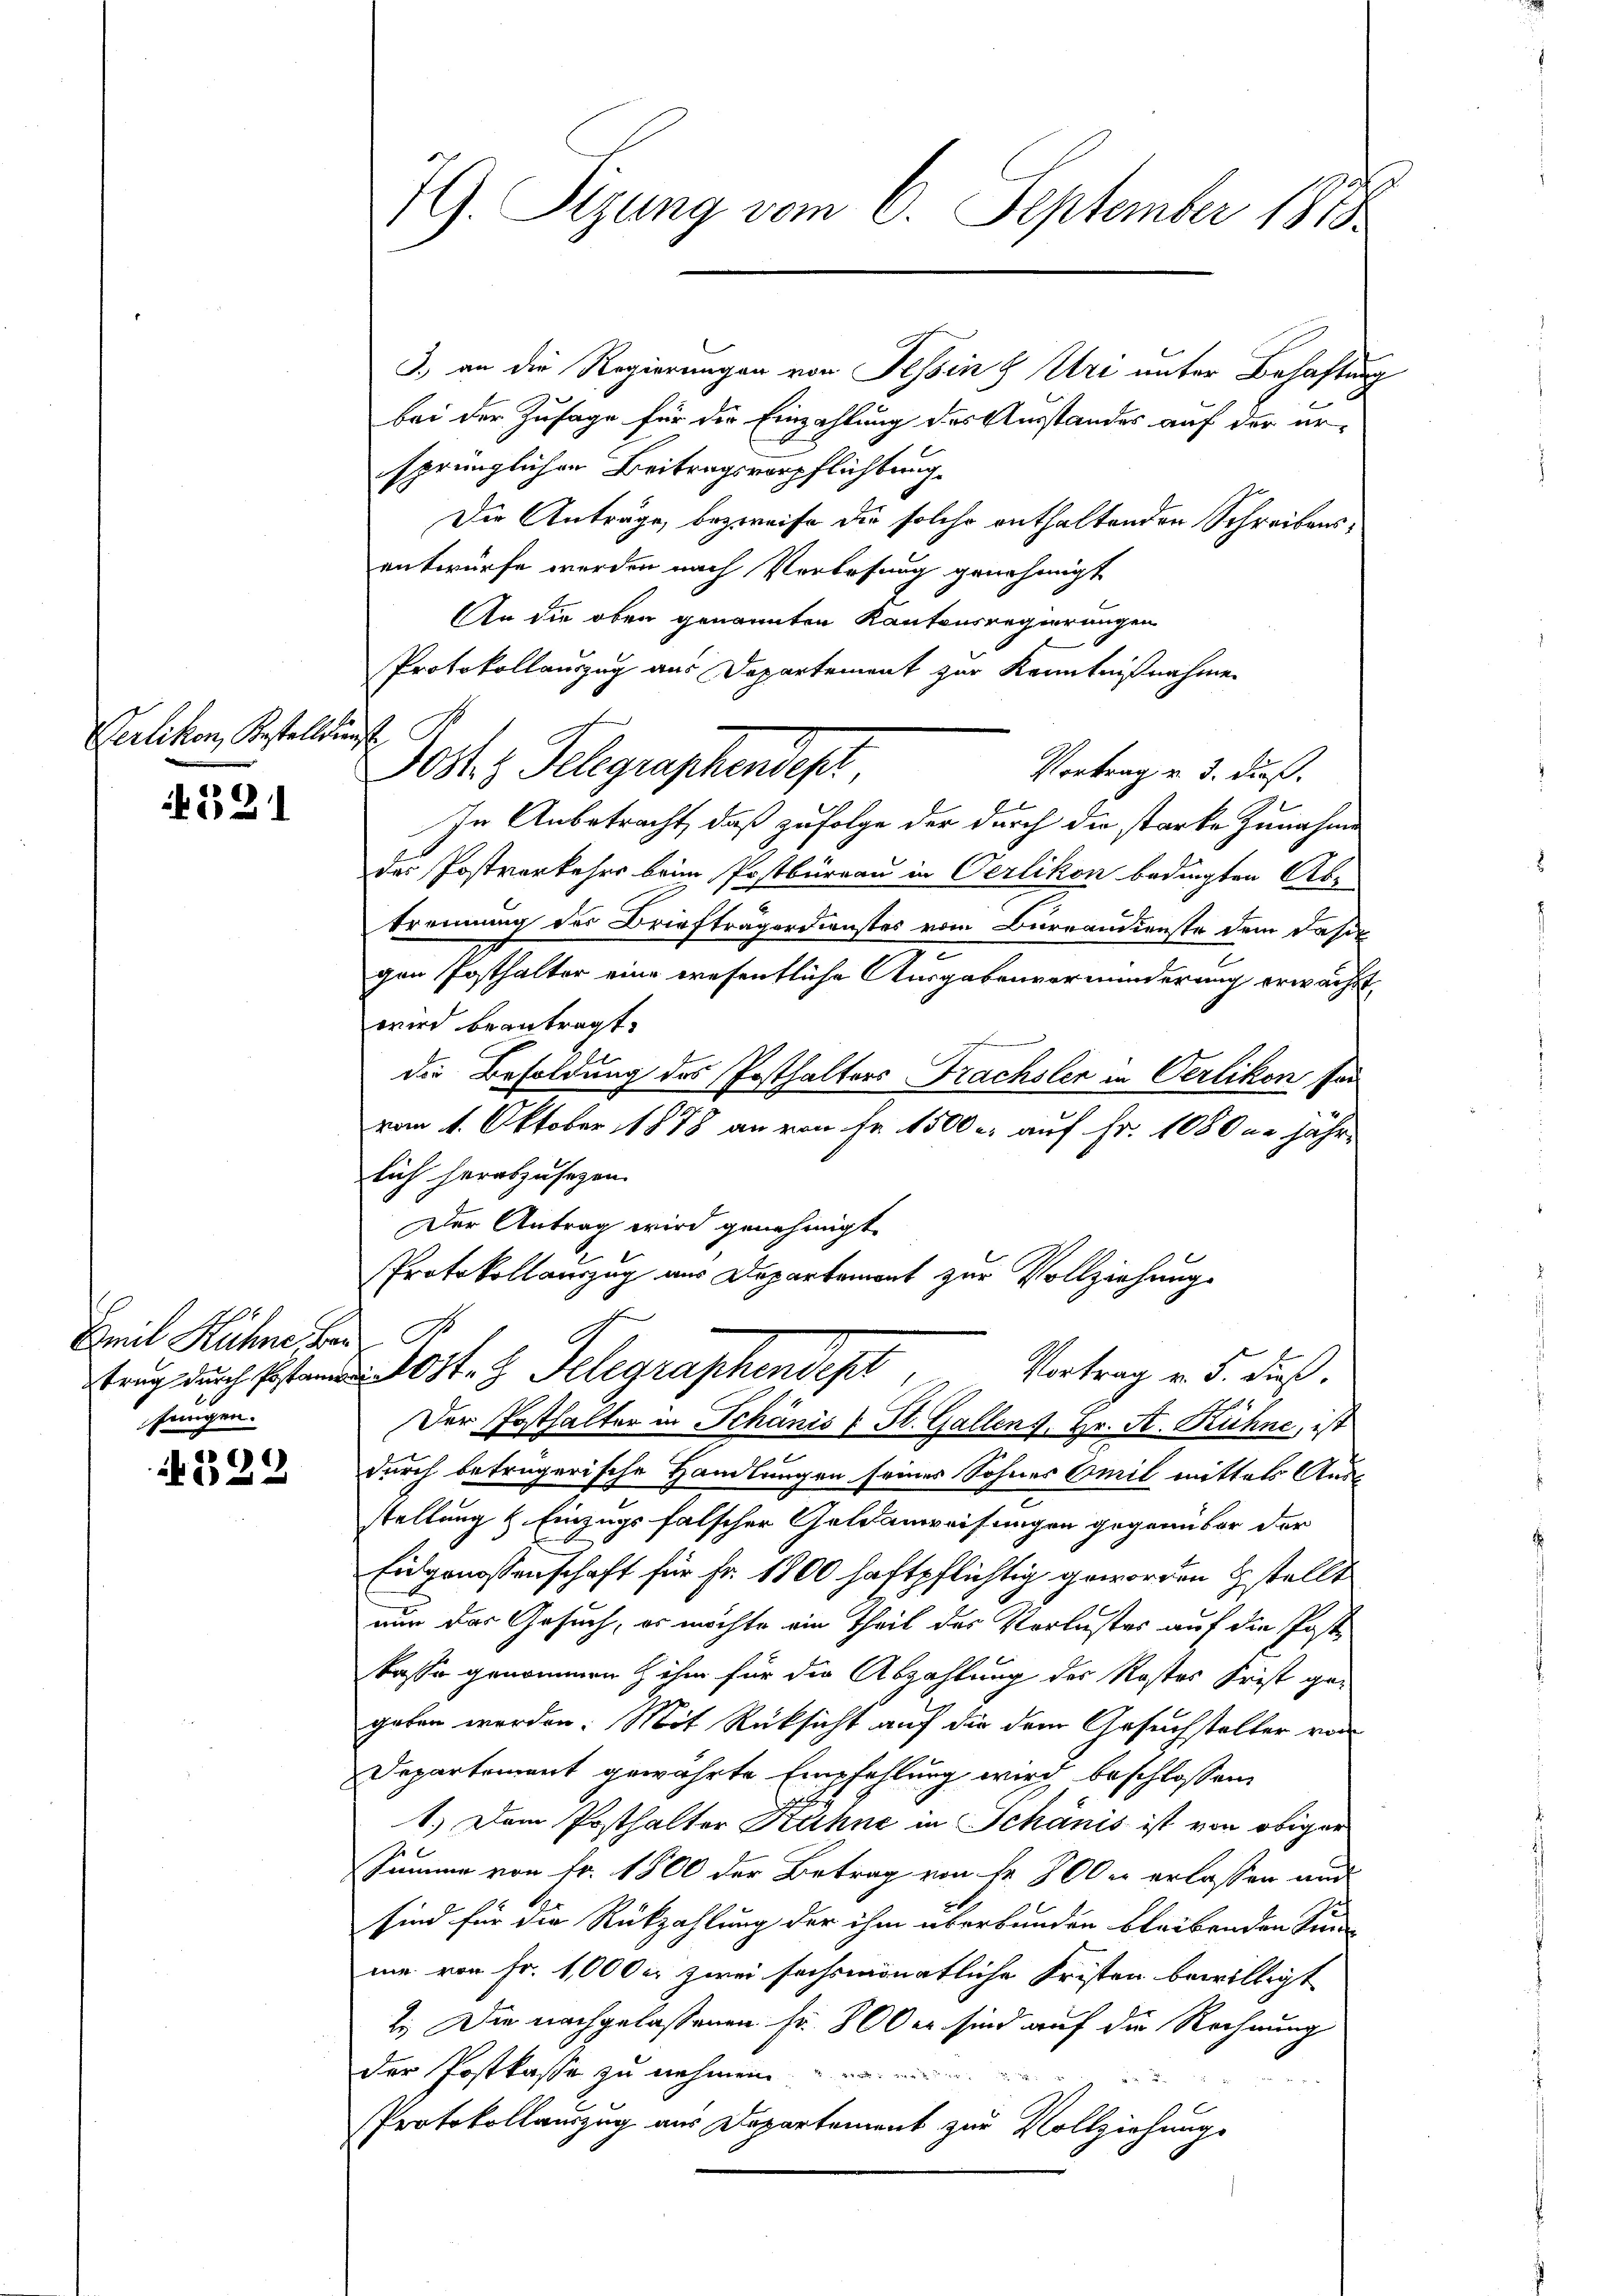
Verlikon, Bestellun

321

Emil Hühne Ber
trug durch Pestamen
fungen.

1322

IG. Sizung vom 6. September 1888

3.) an die Regierungen von Tessin 8 Uri unter Behaftung
bei der Zusage für die Einzahlung des Ausstandes auf der ersprünglichen Beitragsverpflichtung.
Die Anträge, bezweife die solche enthaltenden Schreibensentwürfe werden nach Verlesung genehmigt
An die oben genannten Kantonsregierungen
Protokollauszug aus Departement zur Kenntnißnahme
Vortrag u. 3. dieß.
In Anbetracht, daß zufolge der durch die starke Zunahme
des Postverkehrs beim Postbüreau in Oerlikon bedingten Aben
trennung der Briefträgerdienstes vom Burrandienste dem dasel
gen Posthalter eine wesentliche Ausgabenvormunderung erwächst,
wird beantragt.
die Besoldung des Posthalters Frachsler in Oerlikon sei
vom 1. Oktober 1878 an von Fr. 1500 r. auf Fr. 1080 u. jährlich herabzusehen.
Der Antrag wird genehmigt.
Protokollauszug aus Departement zur Vollziehung
ort. 3. Telegraphendest
Vortrag v. 5. dieß.
Der Posthalter in Schanis u St. Gallens. Hr. K. Rühne, ist
durch beträgerische Handlungen seiner Sohnes Emil mittels Ausstellung & Einzugsfalscher Geldanweisungen gegenüber der
Eidgenossenschaft für Fr. 1800 haftpflichtig geworden stellt
nun das Gesuch, es möchte ein Theil des Verlustes auf die Poste
kasse genommen & ihm für die Abzahlung des Kostes Frist ge-
geben werden. Mit Rücksicht auf die dem Gesuchstalter von
Departement gewährte Empfehlung wird beschlossen,
1.) Dem Posthalter Hühne in Schanis ist von obiger
Summe von Fr. 1800 der Betrag von Fr. 800 u erlassen and
sind für die Rückzahlung der ihm überbunden bleibenden Sinn
nie von Fr. 1,000 er zwei sechsmonatliche Fristen bewilligt
2.) Die nachgelassenen Fr. 800 er sind auf die Rechnung
der Postkasse zu nehmen
Protokollauszug aus Departement zur Vollziehung

Joch Belegraschendest,